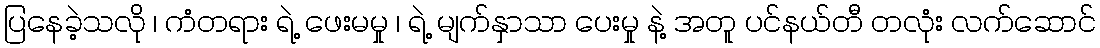
ပြနေခဲ့သလို ၊ ကံတရား ရဲ့ ဖေးမမှု ၊ ရဲ့ မျက်နှာသာ ပေးမှု နဲ့ အတူ ပင်နယ်တီ တလုံး လက်ဆောင်